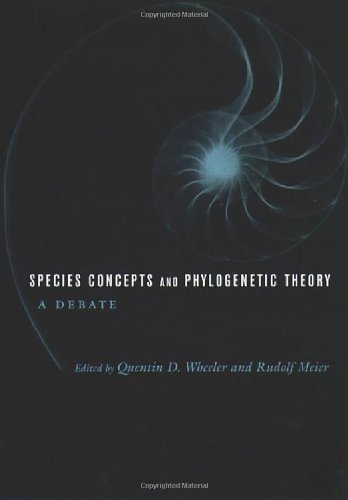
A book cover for Species Concepts and Phylogenetic Theory; Science & Math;